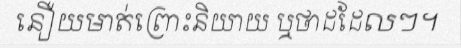
នឿយមាត់ព្រោះនិយាយ ឬថាដដែលៗ។